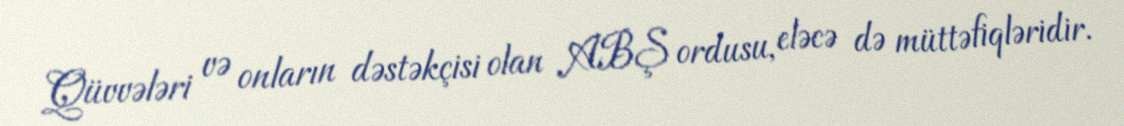
Qüvvələri və onların dəstəkçisi olan ABŞ ordusu, eləcə də müttəfiqləridir.